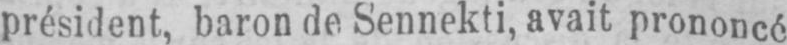
président, baron de Sennekti, avait prononcé